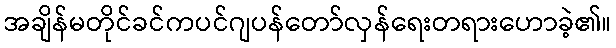
အချိန်မတိုင်ခင်ကပင်ဂျပန်တော်လှန်ရေးတရားဟောခဲ့၏။